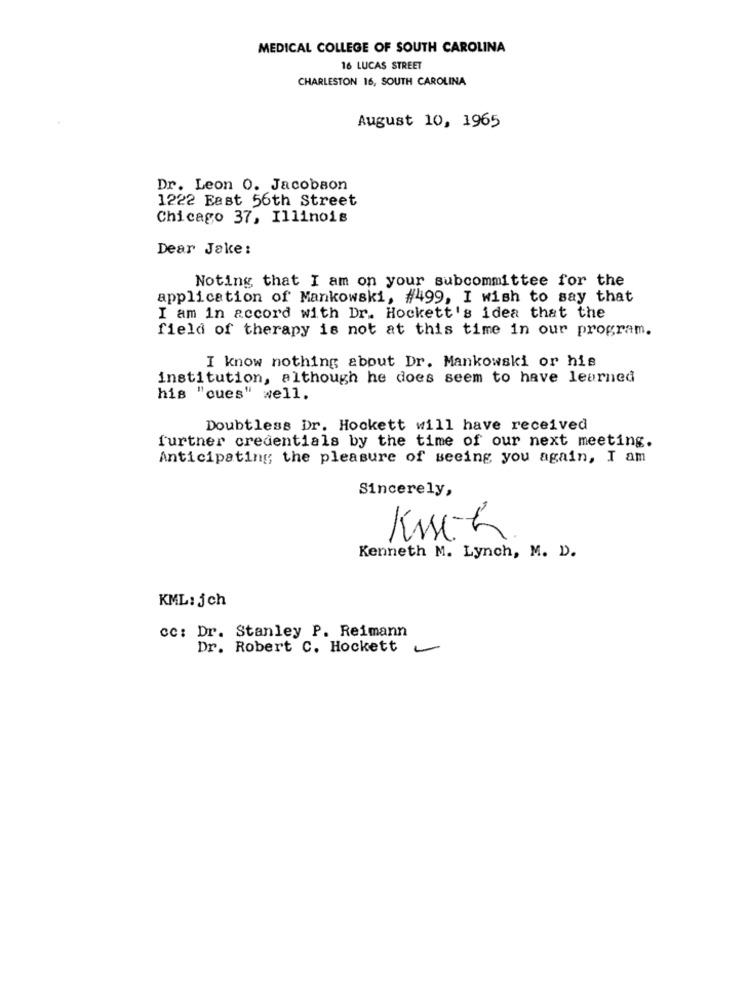
MEDICAL COLLEGE OF SOUTH CAROLINA
16 LUCAS STREET
CHARLESTON 16, SOUTH CAROLINA
August 10, 1965
Dr. Leon 0. Jacobson
1222 East 56th Street
Chicago 37, Illinois
Dear Jake:
Noting that I am on your subcommittee for the
application of Mankowski, #499, I wish to say that
I am in accord with Dr. Hockett's idea that the
field of therapy is not at this time in our program.
I know nothing about Dr. Mankowski or his
institution, although he does seem to have learned
his "cues" well.
Doubtless Dr. Hookett will have received
further credentials by the time of our next meeting.
Anticipating the pleasure of seeing you again, I am
Sincerely,
Kisch.
Kenneth M. Lynch, M. D.
KML: jch
cc: Dr. Stanley P. Reimann
Dr. Robert C. Hockett